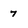
Character: 7